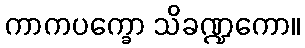
ကာကပက္ခော သိခဏ္ဍကော။